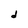
Character: d